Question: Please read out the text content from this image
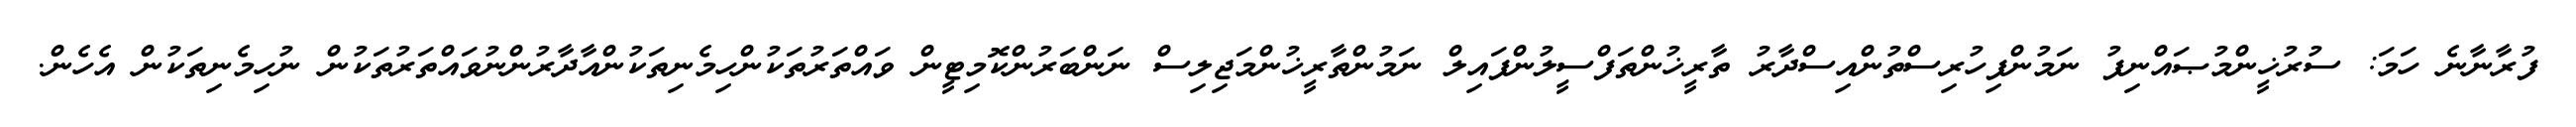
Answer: ފުރާނާނެ ހަމަ: ސުރުޚީންމުޞައްނިފު ނަމުންފިހުރިސްތުންއިސްދާރު ތާރީޚުންތަފްސީލުންފައިލް ނަމުންތާރީޚުންމަޖިލިސް ނަންބަރުންކޮމިޓީން ވައްތަރުތަކުންހިމެނިތަކުންއާދާރުންނުވައްތަރުތަކުން ނުހިމެނިތަކުން އެހެން.